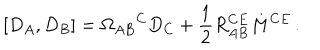
[ D _ { A } , D _ { B } ] = \Omega _ { A B } { } ^ { C } D _ { C } + \frac { 1 } { 2 } R _ { A B } ^ { C E } M ^ { C E } \, .